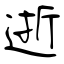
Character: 逝